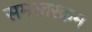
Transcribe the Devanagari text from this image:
समस्तरक्रम